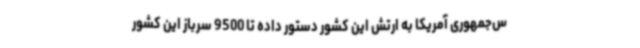
س‌جمهوری آمریکا به ارتش این کشور دستور داده تا 9500 سرباز این کشور